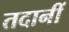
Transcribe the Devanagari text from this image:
तदानीं